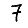
Digit: 7